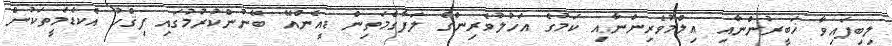
ލިބިފައިވާ ޚަބީރުންނާއި ޢިލްމުވެރިންނާއި ކަމުގެ އަހުލުވެރިންގެ ލަފާގެމަތިން ޑީއެންއޭ ބޭނުންކުރުމުގައި ފިޤްހު އެކަޑަމީތަކުން